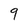
Character: 9